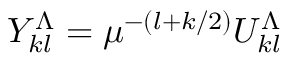
\begin{array} { r } { Y _ { k l } ^ { \Lambda } = \mu ^ { - ( l + k / 2 ) } U _ { k l } ^ { \Lambda } } \end{array}